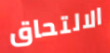
الالتحاق